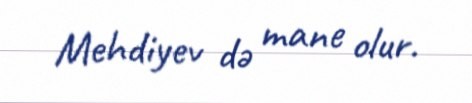
Mehdiyev də mane olur.